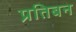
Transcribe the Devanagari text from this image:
प्रतिबन